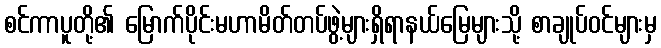
စင်ကာပူတို့၏ မြောက်ပိုင်းမဟာမိတ်တပ်ဖွဲ့များရှိရာနယ်မြေများသို့ စာချုပ်ဝင်များမှ